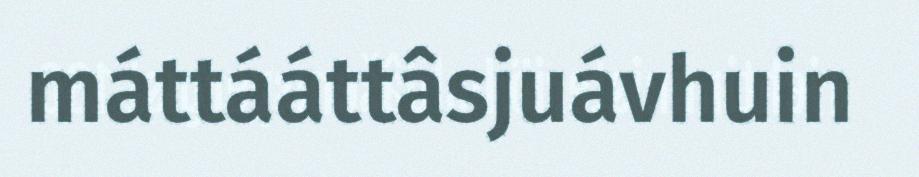
máttááttâsjuávhuin